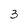
Character: 3